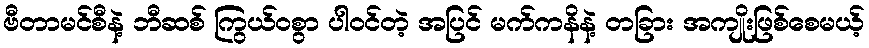
ဗီတာမင်စီနဲ့ ဘီဆစ် ကြွယ်ဝစွာ ပါဝင်တဲ့ အပြင် မက်ကနိနဲ့ တခြား အကျိုးဖြစ်စေမယ့်